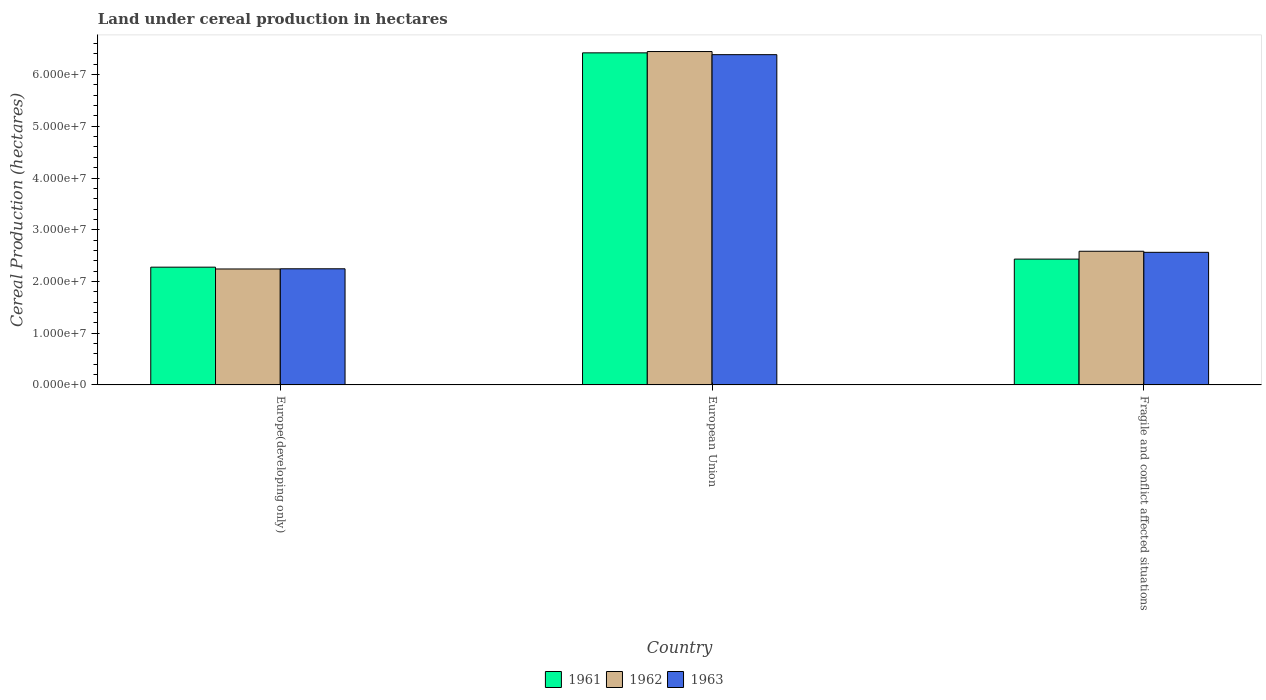
| Country | 1961 | 1962 | 1963 |
 | --- | --- | --- | --- |
 | Europe(developing only) | 2.28e+07 | 2.24e+07 | 2.24e+07 |
 | European Union | 6.42e+07 | 6.44e+07 | 6.38e+07 |
 | Fragile and conflict affected situations | 2.43e+07 | 2.58e+07 | 2.56e+07 |